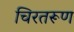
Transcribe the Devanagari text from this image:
चिरतरूण